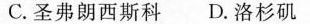
C.圣弗朗西斯科 D.洛杉矶